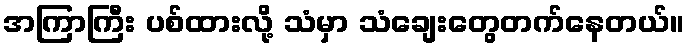
အကြာကြီး ပစ်ထားလို့ သံမှာ သံချေးတွေတက်နေတယ်။